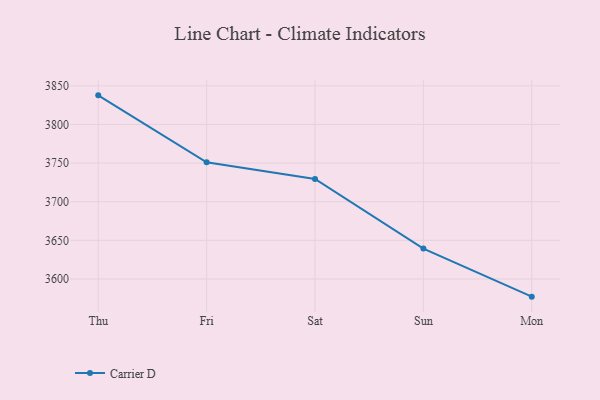
{"axis": {"x": "Day", "y": "Inventory Turnover"}, "legend": ["Carrier D"], "data": [{"x": "Thu", "y": 3837.7, "type": "Carrier D"}, {"x": "Fri", "y": 3751.0, "type": "Carrier D"}, {"x": "Sat", "y": 3729.5, "type": "Carrier D"}, {"x": "Sun", "y": 3639.3, "type": "Carrier D"}, {"x": "Mon", "y": 3577.1, "type": "Carrier D"}]}